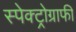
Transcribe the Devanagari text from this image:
स्पेक्ट्रोग्राफी